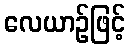
လေယာဉ်ဖြင့်